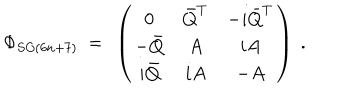
LaTeX: \Phi _ { S O ( 6 n + 7 ) } ~ = ~ \left( \begin{array} { c c c } { { 0 } } & { { \bar { Q } ^ { T } } } & { { - i \bar { Q } ^ { T } } } \\ { { - \bar { Q } } } & { { A } } & { { i A } } \\ { { i \bar { Q } } } & { { i A } } & { { - A } } \\ \end{array} \right) ~ .